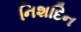
નિશદિન